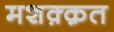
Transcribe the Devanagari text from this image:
मशक़्क़त